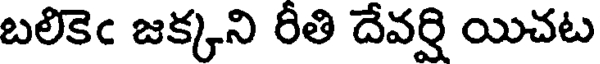
బలికెఁ జక్కని రీతి దేవర్షి యిచట